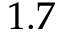
1 . 7